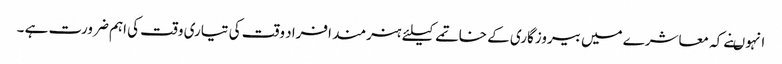
انہوںنے کہ معاشرے میں بیروزگاری کے خاتمے کیلئے ہنرمند افراد وقت کی تیاری وقت کی اہم ضرورت ہے ۔